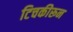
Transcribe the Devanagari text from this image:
टिचकीरून